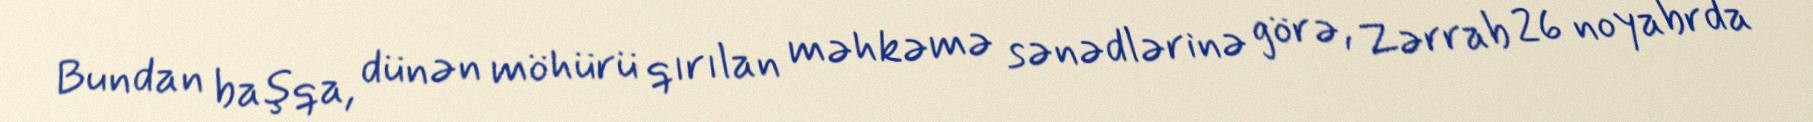
Bundan başqa, dünən möhürü qırılan məhkəmə sənədlərinə görə, Zərrab 26 noyabrda